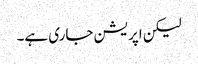
لیکن اپریشن جاری ہے۔